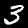
Label: 3